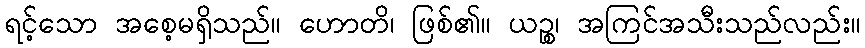
ရင့်သော အစေ့မရှိသည်။ ဟောတိ၊ ဖြစ်၏။ ယဉ္စ၊ အကြင်အသီးသည်လည်း။